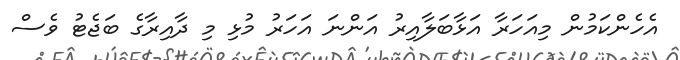
އެހެންކަމުން މިއަހަރާ އަޅާބަލާއިރު އަންނަ އަހަރު މުޅި މި ދާއިރާގެ ބަޖެޓު ވެސް